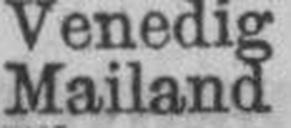
Mailand